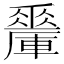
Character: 𨏇